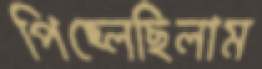
পিছ্‌লেছিলাম